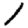
Digit: 1